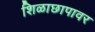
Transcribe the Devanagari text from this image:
शिळाछापावर